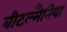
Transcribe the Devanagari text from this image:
बीटल्मैनिया